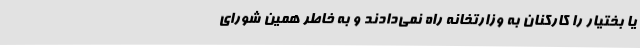
یا بختیار را کارکنان به وزارتخانه راه نمی‌دادند و به خاطر همین شورای